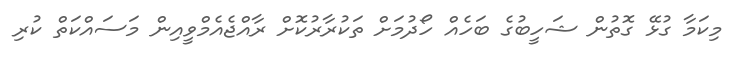
މިކަމާ ގުޅޭ ގޮތުން ޝަހީބުގެ ބަހެއް ހޯދުމަށް ތަކުރާރުކޮށް ރާއްޖެއެމްވީއިން މަސައްކަތް ކުރި